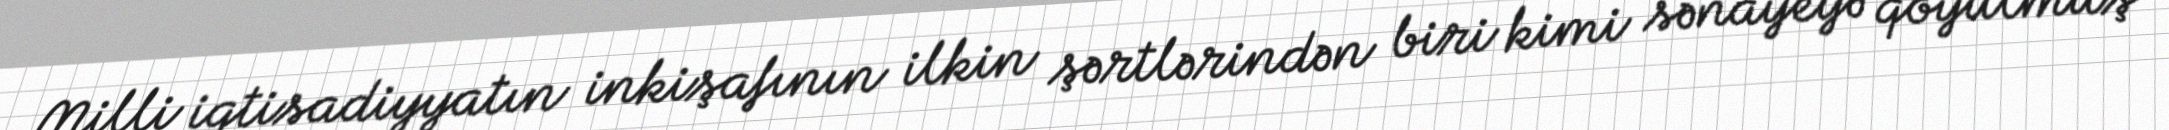
Milli iqtisadiyyatın inkişafının ilkin şərtlərindən biri kimi sənayeyə qoyulmuş